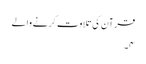
قرآن کی تلاوت کرنے والے
۴۔